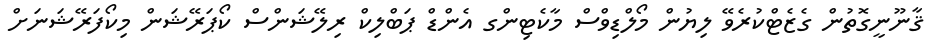
ޤާނޫނީގޮތުން ގެޒެޓްކުރެވޭ ލިޔުން މޯލްޑިވްސް މާކެޓިންގ އެންޑް ޕަބްލިކް ރިލޭޝަންސް ކޯޕަރޭޝަން މިކޯފަރޭޝަނަށް